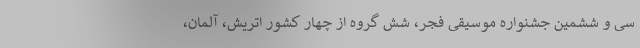
سی و ششمین جشنواره موسیقی فجر، شش گروه از چهار کشور اتریش، آلمان،